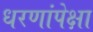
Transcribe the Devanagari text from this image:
धरणांपेक्षा